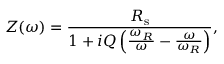
Z ( \omega ) = \frac { R _ { \mathrm { s } } } { 1 + i Q \left( \frac { \omega _ { R } } { \omega } - \frac { \omega } { \omega _ { R } } \right) } ,